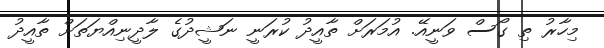
މިހާރު ތި ގޯސް ވަނީއޭ. އުމަރަށް ތާއީދު ކުރަނީ ނަޝީދުގެ ލާދީނިއްޔަތަށް ތާއީދު